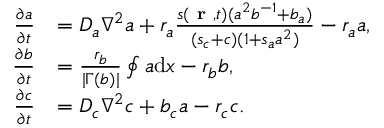
\begin{array} { r l } { \frac { \partial a } { \partial t } } & { = D _ { a } \nabla ^ { 2 } a + r _ { a } \frac { s ( \textbf { r } , t ) ( a ^ { 2 } b ^ { - 1 } + b _ { a } ) } { ( s _ { c } + c ) ( 1 + s _ { a } a ^ { 2 } ) } - r _ { a } a , } \\ { \frac { \partial b } { \partial t } } & { = \frac { r _ { b } } { | \Gamma ( b ) | } \oint a \mathrm { d } x - r _ { b } b , } \\ { \frac { \partial c } { \partial t } } & { = D _ { c } \nabla ^ { 2 } c + b _ { c } a - r _ { c } c . } \end{array}